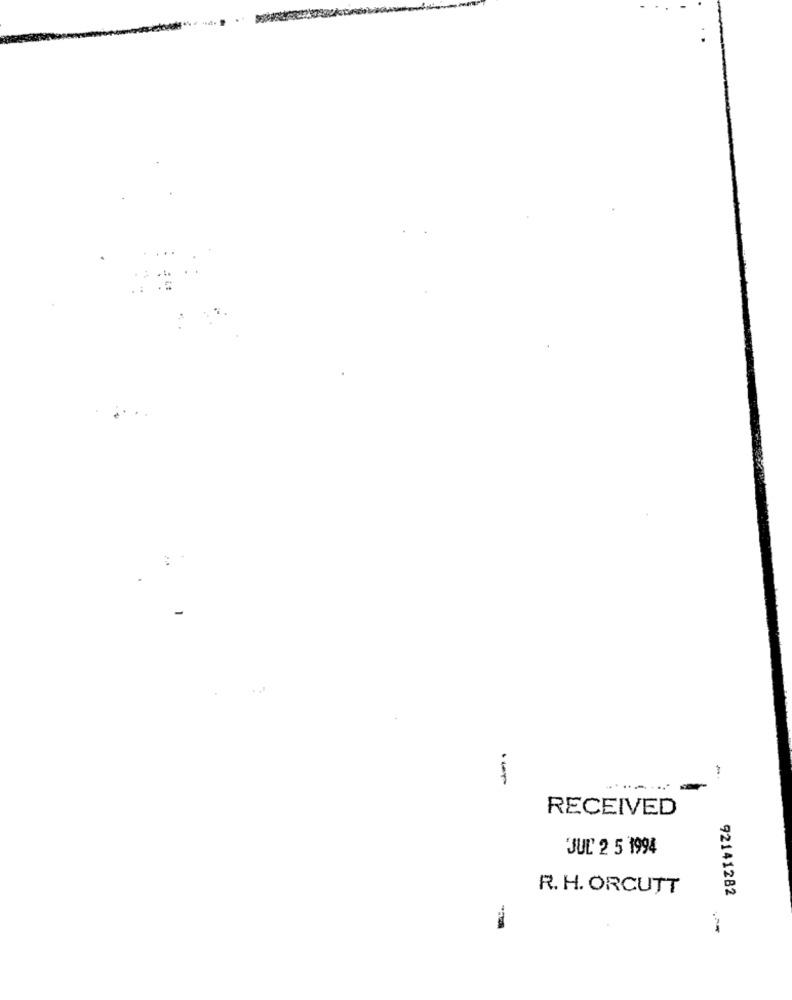
.....
RECEIVED
JUL 2 5 1994
R. H. ORCUTT
92141282